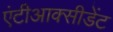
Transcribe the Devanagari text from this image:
एंटीआक्सीडेंट